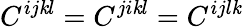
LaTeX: C^{ij\mathit{k}l}=C^{ji\mathit{k}l}=C^{ijl\mathit{k}}